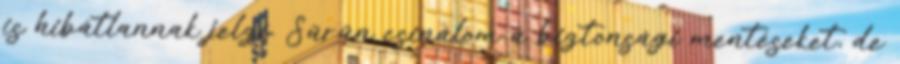
is hibátlannak jelzi. Sűrűn csinálom a biztonsági mentéseket, de